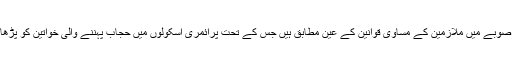
عدالت کا کہنا تھا کہ یہ بات صوبے میں ملازمین کے مساوی قوانین کے عین مطابق ہیں جس کے تحت پرائمری اسکولوں میں حجاب پہننے والی خواتین کو پڑھانے کی اجازت نہ دی جائے۔